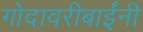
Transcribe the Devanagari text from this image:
गोदावरीबाईंनी